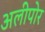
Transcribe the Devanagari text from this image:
अलीपोर